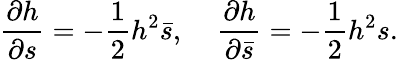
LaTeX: \frac{\partial h}{\partial s}=-\frac{1}{2}h^{2}\bar{s},\; \; \; \; \frac{\partial h}{\partial\bar{s}}=-\frac{1}{2}h^{2}s.